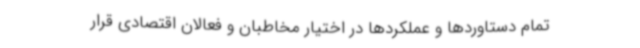
تمام دستاوردها و عملکردها در اختیار مخاطبان و فعالان اقتصادی قرار